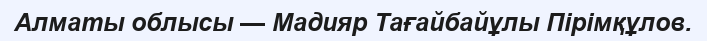
Алматы облысы — Мадияр Тағайбайұлы Пірімқұлов.